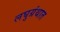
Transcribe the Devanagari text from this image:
लघुग्रंथात